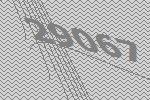
29067